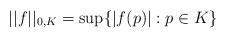
LaTeX: \begin{align*}||f||_{0,K} = \sup\{ |f(p)|: p\in K\}\end{align*}